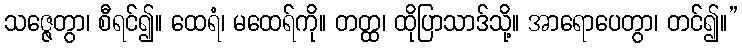
သဇ္ဇေတွာ၊ စီရင်၍။ ထေရံ၊ မထေရ်ကို။ တတ္ထ၊ ထိုပြာသာဒ်သို့။ အာရောပေတွာ၊ တင်၍။”